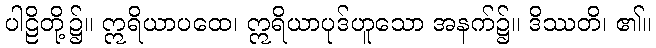
ပါဠိတို့၌။ ဣရိယာပထေ၊ ဣရိယာပုဒ်ဟူသော အနက်၌။ ဒိဿတိ၊ ၏။